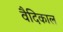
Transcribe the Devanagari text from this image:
वैदिकाल